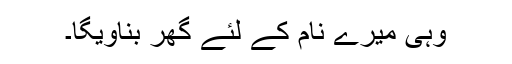
وہی میرے نام کے لئے گھر بناویگا۔